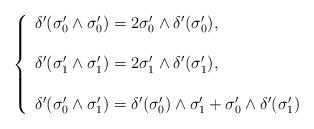
LaTeX: \begin{align*}\left\{\begin{array}{l}\delta'(\sigma'_0\wedge \sigma'_0) = 2\sigma'_0\wedge\delta'(\sigma'_0), \\\\\delta'(\sigma'_1\wedge \sigma'_1) = 2\sigma'_1\wedge\delta'(\sigma'_1), \\\\\delta'(\sigma'_0\wedge \sigma'_1) = \delta'(\sigma'_0)\wedge\sigma'_1 + \sigma'_0\wedge\delta'(\sigma'_1)\end{array}\right.\end{align*}